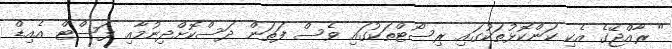
" ރާއްޖޭގެ އެކި ކަންކޮޅުތަކުގައި ރިސޯޓްތަކުގައި ވެސް ފަތަން ދަސްކޮށްދިނުމާއި ފަސްޓް އެއިޑް